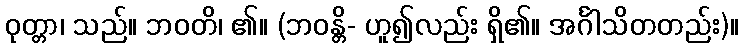
ဝုတ္တာ၊ သည်။ ဘဝတိ၊ ၏။ (ဘဝန္တိ- ဟူ၍လည်း ရှိ၏။ အင်္ဂါသိတတည်း)။